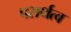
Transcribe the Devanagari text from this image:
परार्थत्व